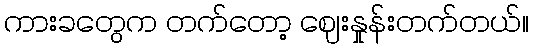
ကားခတွေက တက်တော့ ဈေးနှုန်းတက်တယ်။